Civil Veterinary Dept. Bombay admin report 1923-31 - 1923-1931
Year: 1923
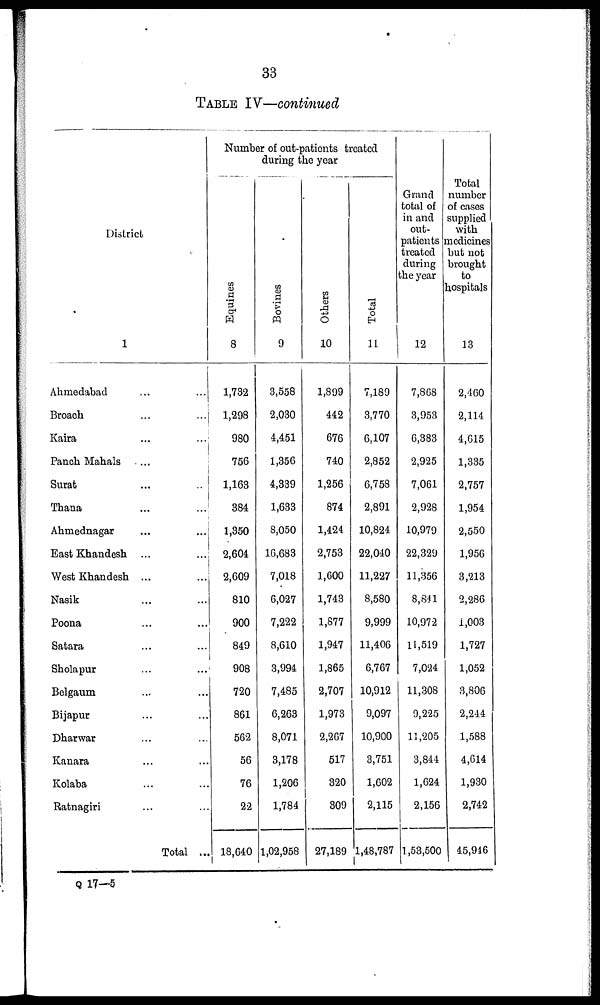
33
TABLE IV—continued
District
1
Ahmedabad ... ...
Broach ... ...
Kaira ... ...
Panch Mahals ...
Surat ... ...
Thana ... ...
Ahmednagar ... ...
East Khandesh ... ...
West Khandesh ... ...
Nasik ... ...
Poona ... ...
Satara ... ...
Sholapur ... ...
Belgaum ... ...
Bijapur ... ...
Dharwar ... ...
Kanara ... ...
Kolaba ... ...
Ratnagiri ... ...
Total ...
Number of out-patients treated
during the year
Equi nes
8
1,732
1,298
980
756
1,163
384
1,350
2,604
2,609
810
900
849
908
720
861
562
56
76
22
18,640
Bovi ne s
9
3,558
2,030
4,451
1,356
4,339
1,633
8,050
16,683
7,018
6,027
7,222
8,610
3,994
7,485
6,263
8,071
3,178
1,206
1,784
1,02,958
Others
10
1,899
442
676
740
1,256
874
1,424
2,753
1,600
1,743
1,877
1,947
1,865
2,707
1,973
2,267
517
320
309
27,189
Tot al
11
7,189
3,770
6,107
2,852
6,758
2,891
10,824
22,040
11,227
8,580
9,999
11,406
6,767
10,912
9,097
10,900
3,751
1,602
2,115
1,48,787
Grand
total of
in and
out-
patients
treated
during
the year
12
7,868
3,953
6,383
2,925
7,061
2,928
10,979
22,329
11,356
8,841
10,972
11,519
7,024
11,308
9,225
11,205
3,844
1,624
2,156
1,53,500
Total
number
of cases
supplied
with
medicines
but not
brought
to
hospitals
13
2,460
2,114
4,615
1,335
2,757
1,954
2,550
1,956
3,213
2,286
1,003
1,727
1,052
3,806
2,244
1,588
4,614
1,930
2,742
45,946
Q 17-5